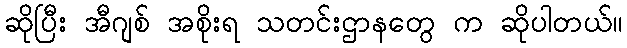
ဆိုပြီး အီဂျစ် အစိုးရ သတင်းဌာနတွေ က ဆိုပါတယ်။